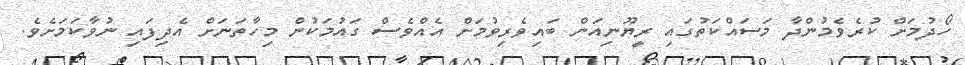
ހޯދުމަށް ކުރެވެމުންދާ މަސައްކަތުގައި ރީޔޫނިއަން ބައިވެރިވުމަށް އެއްވެސް ގައުމަކުން މިހާތަނަށް އެދިފައި ނުވާކަމަށެވެ.